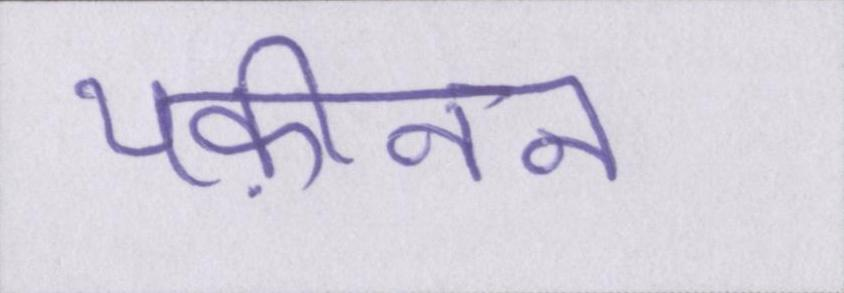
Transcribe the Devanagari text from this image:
यक़ीनन